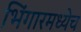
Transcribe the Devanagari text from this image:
भिंगारमध्येच